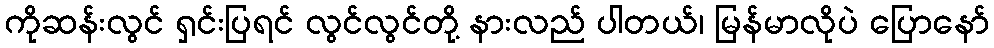
ကိုဆန်းလွင် ရှင်းပြရင် လွင်လွင်တို့ နားလည် ပါတယ်၊ မြန်မာလိုပဲ ပြောနော်